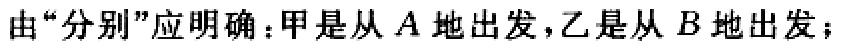
由“分别”应明确：甲是从 \(A\) 地出发，乙是从 \(B\) 地出发；